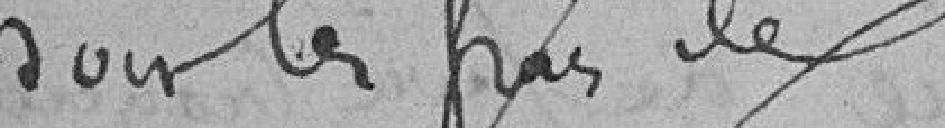
pour les frais de